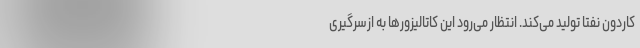
کاردون نفتا تولید می‌کند. انتظار می‌رود این کاتالیزورها به ازسرگیری